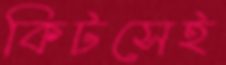
কিটসেই